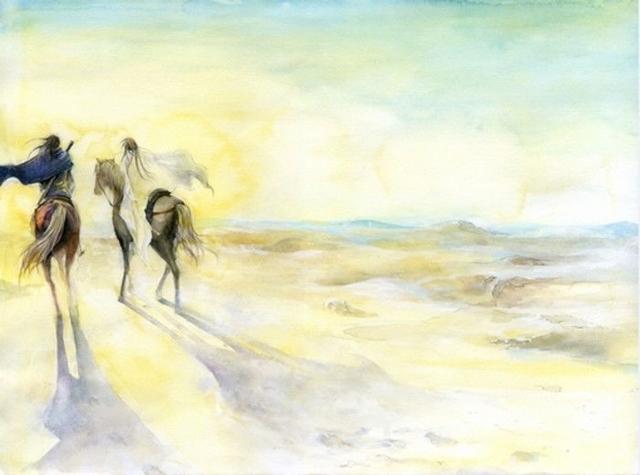
今古河山无定据。